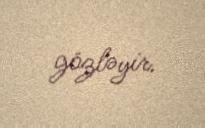
gözləyir.